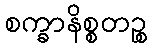
စက္ခာနိစ္စတဉ္စ